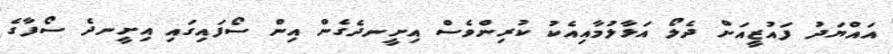
އައްޔަދު ފައުޒީއަށް ދެލޯ އަޅާލުމާއިއެކު ކުރިންވެސް އިށީނދެގެން އިން ސޯފައިގައި އިށީނދެ ސޯފާގެ